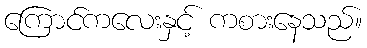
ကြောင်ကလေးနှင့် ကစားနေသည်။